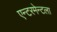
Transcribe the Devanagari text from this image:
एन्टरमेन्टला